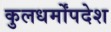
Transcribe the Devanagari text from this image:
कुलधर्मोंपदेश